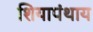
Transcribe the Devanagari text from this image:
शियापंथाय